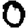
Digit: 0